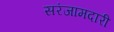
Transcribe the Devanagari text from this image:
सरंजामदारी